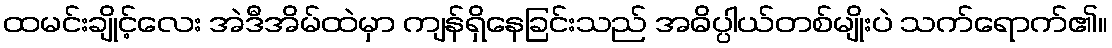
ထမင်းချိုင့်လေး အဲဒီအိမ်ထဲမှာ ကျန်ရှိနေခြင်းသည် အဓိပ္ပါယ်တစ်မျိုးပဲ သက်ရောက်၏။